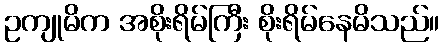
ဥကျုမိက အစိုးရိမ်ကြီး စိုးရိမ်နေမိသည်။